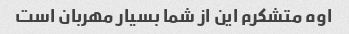
اوه متشکرم این از شما بسیار مهربان است